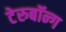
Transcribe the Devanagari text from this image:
टेरुबॉन्ग